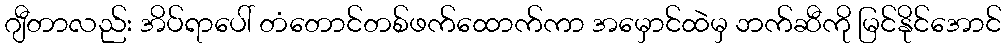
ဂျီတာလည်း အိပ်ရာပေါ် တံတောင်တစ်ဖက်ထောက်ကာ အမှောင်ထဲမှ ဘက်ဆီကို မြင်နိုင်အောင်